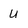
Character: U